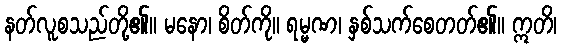
နတ်လူစသည်တို့၏။ မနော၊ စိတ်ကို။ ရမ္မဏ၊ နှစ်သက်စေတတ်၏။ ဣတိ၊